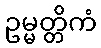
ဥမ္မတ္တိကံ